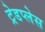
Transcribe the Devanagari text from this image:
ट्रेडप्लेस